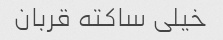
خیلی ساکته قربان